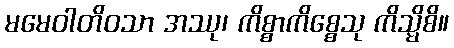
မမေဝါတိဝသာ အဿု၊ ကိစ္စာကိစ္စေသု ကိသ္မိစိ။